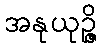
အနုယုဉ္ဇိ